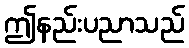
ဤနည်းပညာသည်